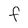
Character: f